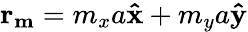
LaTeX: \mathbf{r}_{\mathbf{m}}=m_{x}a\mathbf{\hat{x}}+m_{y}a\mathbf{\hat{y}}